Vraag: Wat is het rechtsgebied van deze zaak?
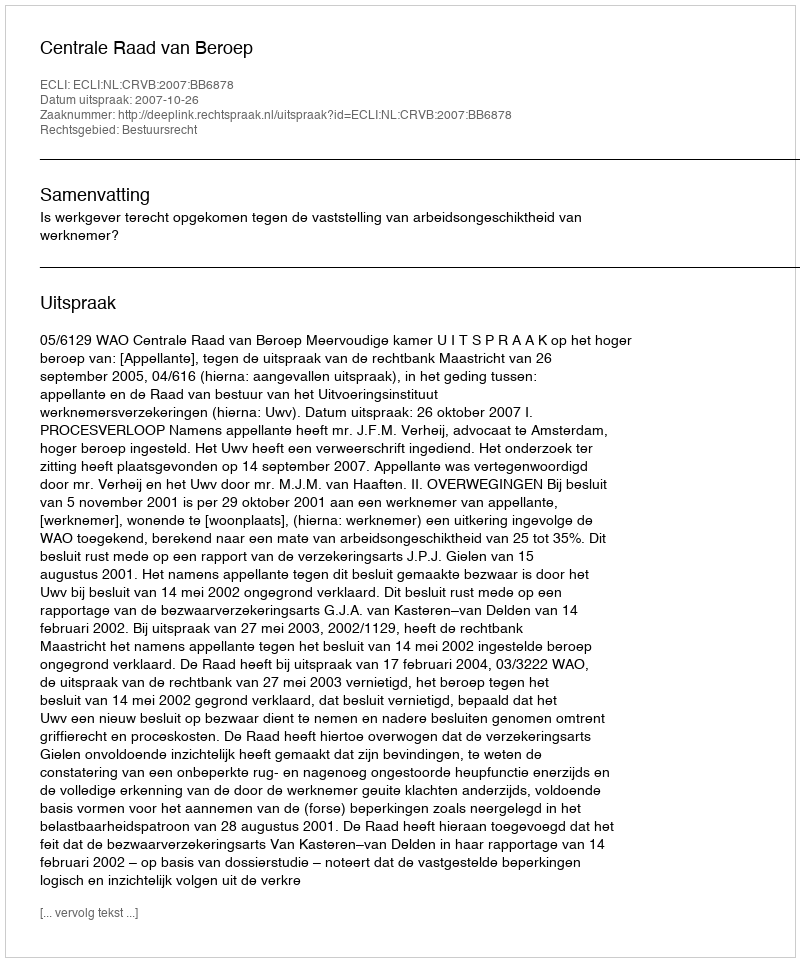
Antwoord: Bestuursrecht